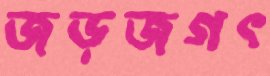
জড়জগৎ